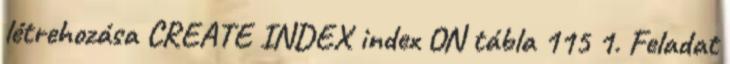
létrehozása CREATE INDEX index ON tábla 115 1. Feladat